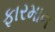
ફારમાન